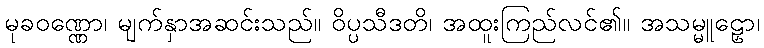
မုခဝဏ္ဏော၊ မျက်နှာအဆင်းသည်။ ဝိပ္ပသီဒတိ၊ အထူးကြည်လင်၏။ အသမ္မူဠှော၊